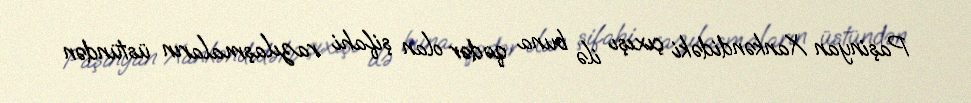
Paşinyan Xankəndidəki çıxışı ilə buna qədər olan şifahi razılaşmaların üstündən